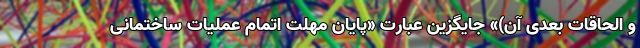
و الحاقات بعدی آن)» جایگزین عبارت «پایان مهلت اتمام عملیات ساختمانی